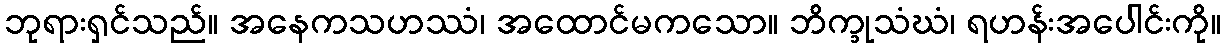
ဘုရားရှင်သည်။ အနေကသဟဿံ၊ အထောင်မကသော။ ဘိက္ခုသံဃံ၊ ရဟန်းအပေါင်းကို။